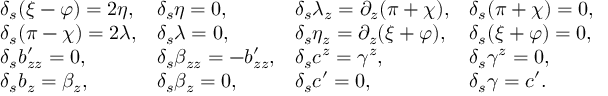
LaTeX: \begin{array} { l l l l } { { \delta _ { s } ( \xi - \varphi ) = 2 \eta , } } & { { \delta _ { s } \eta = 0 , } } & { { \delta _ { s } \lambda _ { z } = \partial _ { z } ( \pi + \chi ) , } } & { { \delta _ { s } ( \pi + \chi ) = 0 , } } \\ { { \delta _ { s } ( \pi - \chi ) = 2 \lambda , } } & { { \delta _ { s } \lambda = 0 , } } & { { \delta _ { s } \eta _ { z } = \partial _ { z } ( \xi + \varphi ) , } } & { { \delta _ { s } ( \xi + \varphi ) = 0 , } } \\ { { \delta _ { s } b _ { z z } ^ { \prime } = 0 , } } & { { \delta _ { s } \beta _ { z z } = - b _ { z z } ^ { \prime } , } } & { { \delta _ { s } c ^ { z } = \gamma ^ { z } , } } & { { \delta _ { s } \gamma ^ { z } = 0 , } } \\ { { \delta _ { s } b _ { z } = \beta _ { z } , } } & { { \delta _ { s } \beta _ { z } = 0 , } } & { { \delta _ { s } c ^ { \prime } = 0 , } } & { { \delta _ { s } \gamma = c ^ { \prime } . } } \end{array}